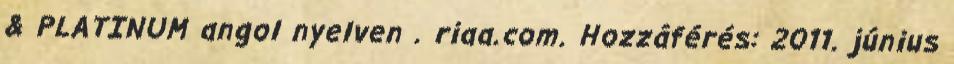
& PLATINUM angol nyelven . riaa.com. Hozzáférés: 2011. június